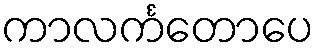
ကာလင်္ကတောပေ